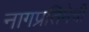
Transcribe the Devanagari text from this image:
नागप्रतिमेची